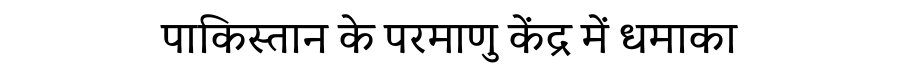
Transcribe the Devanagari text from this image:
पाकिस्तान के परमाणु केंद्र में धमाका